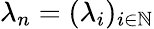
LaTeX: \lambda_{n}=(\lambda_{i})_{i\in\mathbb{N}}